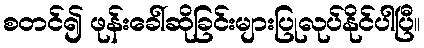
စတင်၍ ဖုန်းခေါ်ဆိုခြင်းများပြုလုပ်နိုင်ပါပြီ။